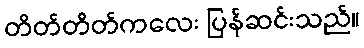
တိတ်တိတ်ကလေး ပြန်ဆင်းသည်။